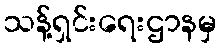
သန့်ရှင်းရေးဌာနမှ